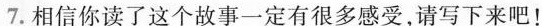
7.相信你读了这个故事一定有很多感受，请写下来吧!